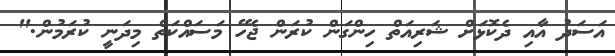
އަސަދު އާއި ދެކޮޅަށް ޝަރިއަތް ހިންގަން ކުރަން ޖެހޭ މަސައްކަތް މިދަނީ ކުރަމުން."